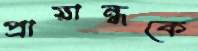
প্রায়ান্ধকে